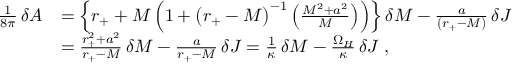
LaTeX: \begin{array} { l l } { { { \frac { 1 } { 8 \pi } } \, \delta A } } & { { = \left\{ r _ { + } + M \left( 1 + { \left( r _ { + } - M \right) } ^ { - 1 } \left( \frac { M ^ { 2 } + a ^ { 2 } } { M } \right) \right) \right\} \delta M - \frac { a } { \left( r _ { + } - M \right) } \, \delta J } } \\ { { } } & { { = \frac { r _ { + } ^ { 2 } + a ^ { 2 } } { r _ { + } - M } \, \delta M - \frac { a } { r _ { + } - M } \, \delta J = { \frac { 1 } { \kappa } } \, \delta M - \frac { \Omega _ { H } } { \kappa } \, \delta J \; , } } \end{array}